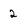
Character: 2